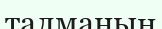
талманың